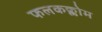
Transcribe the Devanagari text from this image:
फलकक्लोम